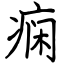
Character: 痫